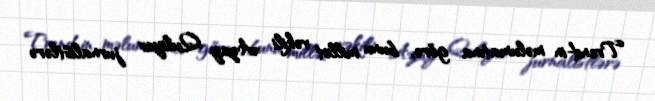
Trend-in məlumatına görə, bunu millət vəkili Azay Quliyev jurnalistlərə